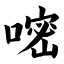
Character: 嘧